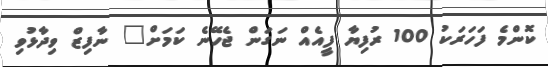
ކޮންމެ ފަހަރަކު 100 ރުފިޔާ ފީއެއް ނަގަން ޖެހޭނެ ކަަމަށް" ނާފިޒް ވިދާޅުވި